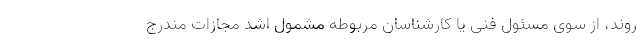
روند، از سوی مسئول فنی یا کارشناسان مربوطه مشمول اشد مجازات مندرج